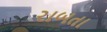
રાબતા